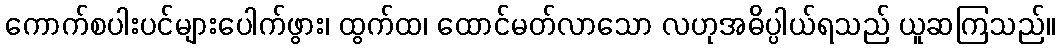
ကောက်စပါးပင်များပေါက်ဖွား၊ ထွက်ထ၊ ထောင်မတ်လာသော လဟုအဓိပ္ပါယ်ရသည် ယူဆကြသည်။